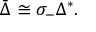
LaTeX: { \bar { \Delta } } \cong \sigma _ { - } \Delta ^ { * } .